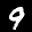
Label: 9